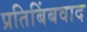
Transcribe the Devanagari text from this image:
प्रतिबिंबवाद